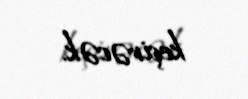
keçirəcək.